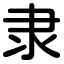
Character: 隶